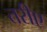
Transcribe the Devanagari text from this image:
तरीए